Report on sanitation, dispensaries, and jails in Rajputana for 1919, and on vaccination for the year 1919-1920 - 1919-1920
Year: 1919
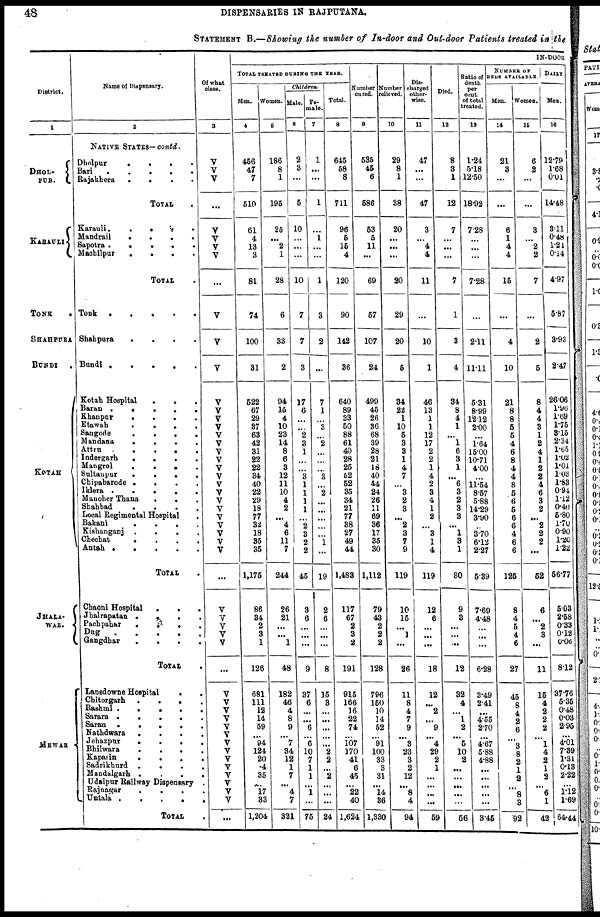
48
DISPENSARIES IN RAJPUTANA.
STATEMENT B.—Showing the number of In-door and Out-door Patients treated in the
District.
1
DHOL-
PUR.
KARAULI
TONK
.
SHAHPURA
BUNDI .
KOTAH
JHALA-
WAR.
MEWAR
Name of Dispensary.
2
NATIVE STATES— contd.
Dholpur
.
.
.
.
Bari
.
.
.
.
.
Rajakhera . . . .
TOTAL .
Karauli
.
.
.
.
.
Mandrail
.
.
.
.
.
Sapotra
.
.
.
.
.
Machilpur
.
.
.
.
.
TOTAL .
Tonk
.
.
.
.
.
Shahpura
.
.
.
.
Bundi
.
.
.
.
Kotah Hospital . . . .
Baran
.
.
.
.
Khanpur
.
.
.
.
Etawah
.
.
.
.
Sangode
.
.
.
.
Mandana
.
.
.
.
.
Attru
.
.
.
.
Indergarh
.
.
.
.
Mangrol
.
.
.
.
Sultanpur
.
.
.
.
Chipabarode
.
.
.
.
Iklera
.
.
.
.
.
Mancher Thana . . . .
Shahbad
.
.
.
.
Local Regimental Hospital . .
Bakani
.
.
.
.
.
Kishanganj . . . . .
Chechat
.
.
.
.
.
Antah
.
.
.
.
TOTAL .
Chaoni Hospital
.
.
.
Jhalrapatan . . . . .
Pachpahar
.
.
.
.
Dug
.
.
.
.
Gangdhar . . . . .
TOTAL .
Lansdowne Hospital . .
Chitorgarh . . . . . .
Rashmi . . . . . .
Sarara
.
.
.
.
.
.
Saran
.
.
.
.
Nathdwara . . . .
Jehazpur . . . . . .
Bhilwara
.
.
.
.
.
Kapasin
.
.
.
.
.
Sadrikhurd . . . .
Mandalgarh
.
.
.
.
Udaipur Railway Dispensary .
Rajnagar . . . . .
Untala
.
.
.
.
.
TOTAL .
Of what
class.
3
V
V
V
...
V
V
V
V
...
V
V
V
V
V
V
V
V
V
V
V
V
V
V
V
V
V
V
V
V
V
V
...
V
V
V
V
V
...
V
V
V
V
V V
V
V
V
V
V
V
V
V
...
IN-DOOR
TOTAL TREATED DURING THE YEAR.
Men.
4
456
47
7
510
61
4
13
3
81
74
100
31
522
67
29
37
63
42
31
22
22
34
40
22
29
18
77
32
18
35
35
1,175
86
34
2
3
1
126
681
111
12
14
59
...
94
124
20
4
35
...
17
33
1,204
Woman.
5
186
8
1
195
25
...
2
1
28
6
33
2
94
15
4
10
23
14
8
6
3
12
11
10
4
2
...
4
6
11
7
244
26
21
...
...
1
48
182
46
4
8
9
...
7
34
12
1
7
...
4
7
321
Children.
Male.
6
2
3
...
5
10
...
...
...
10
7
7
3
17
6
...
...
2
3
1
...
...
3
1
1
1
1
...
2
3
2
2
45
3
6
...
...
...
9
37
6
...
...
6
...
6
10
7
1
1
...
1
...
75
Fe-
male.
7
1
...
...
1
...
1
...
...
1
3
2
...
7
1
...
3
...
2
...
...
...
3
...
2
...
...
...
...
...
1
...
19
2
6
...
...
...
8
15
3
...
...
...
...
...
2
2
...
2
...
...
...
24
Total.
8
645
58
8
711
96
5
15
4
120
90
142
36
640
89
33
50
88
61
40
28
25
52
52
35
34
21
77
38
27
49
44
1,483
117
67
2
3
2
191
915
166
16
22
74
...
107
170
41
6
45
...
22
40
1,624
Number
cured.
9
535
45
6
586
53
5
11
...
69
57
107
24
499
45
26
36
68
39
28
21
18
40
44
24
26
11
69
36
17
35
30
1,112
79
43
2
2
2
128
796
150
10
14
52
...
91
100
33
3
31
...
14
36
1,330
Number
relieved.
10
29
8
1
38
20
...
...
...
20
29
20
5
34
22
1
10
5
3
3
1
4
7
...
3
2
3
...
2
3
7
9
119
10
15
...
1
...
26
11
8
4
7
9
...
3
23
3
2
12
...
8
4
94
Dis-
--arged
other-
wise.
11
47
...
...
47
3
...
4
4
11
...
10
1
46
13
1
1
12
17
2
2
1
4
2
3
4
1
2
...
3
1
4
119
12
6
...
...
...
18
12
...
2
...
9
...
4
29
2
1
...
...
...
...
59
Died.
12
8
3
1
12
7
...
...
...
7
1
3
4
34
8
4
1
...
1
6
3
1
...
6
3
2
3
3
...
1
3
1
80
9
3
...
...
...
12
32
4
...
1
2
...
5
10
2
...
...
...
...
...
56
Ratio of
death
per
cent
of total
treated.
13
1.24
5.18
12.50
18.92
7.28
...
...
...
7.28
...
2.11
11.11
5.31
8.99
12.12
2.00
...
1.64
15.00
10.71
4.00
...
11.54
8.57
5.88
14.29
3.90
...
3.70
6.12
2.27
5.39
7.69
4.48
...
...
...
6.28
3.49
2.41
...
4.55
2.70
...
4.67
5.88
4.88
...
...
...
...
...
3.45
NUMBER OF
BEDS AVAILABLE
Men.
14
21
3
...
...
6
1
4
4
15
...
4
10
21
8
8
5
5
4
6
8
4
4
8
5
6
5
6
6
4
6
6
1.25
8
4
5
4
6
27
45
8
4
2
6 ...
3
8
2
1
2
...
8
3
92
Women.
15
6
2
...
...
3
...
2
2
7
...
2
5
8
4
4
3
1
2
4
1
2
2
4
6
3
2
...
2
2
2
...
52
6
...
2
3
...
11
15
4
2
2
2
...
1
4
2
1
2
...
6
1
42
DAILY
Men.
16
12.79
1.68
0.01
14.48
3.11
0.48
1.24
0.14
4.97
5.87
3.93
2.47
26.06
1.96
1.69
1.75
3.15
2.34
1.65
1.02
1.01
1.03
1.83
0.94
1.12
0.40
5.80
1.70
0.90
1.20
1.22
56.77
5.03
2.58
0.33
0.12
0.06
8.12
37.76
5.35
0.48
0.03
2.95
...
4.01
7.39
1.31
0.13
2.22
...
1.12
1.69
64.44